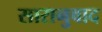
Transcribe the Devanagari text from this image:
सारानुवाद